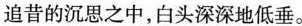
追昔的沉思之中，白头深深地低垂。